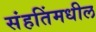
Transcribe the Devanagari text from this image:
संहतिंमधील